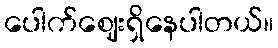
ပေါက်ဈေးရှိနေပါတယ်။